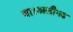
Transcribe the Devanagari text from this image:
था।अलीगढ